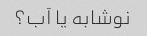
نوشابه یا آب؟